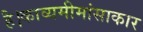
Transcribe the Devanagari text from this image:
है।काव्यमीमांसाकार